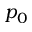
p _ { 0 }